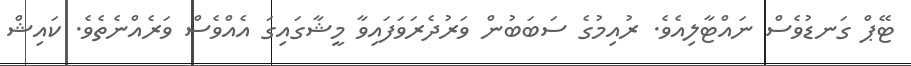
ޓޭޕް ގަނޑުވެސް ނައްޓާލިއެވެ. ރުއިމުގެ ސަބަބުން ވަރުދެރަވަފައިވާ މީޝާގައިގަ އެއްވެސް ވަރެއްނެތެވެ. ކައިޝް